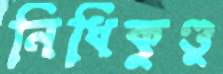
নিধিকুণ্ডু